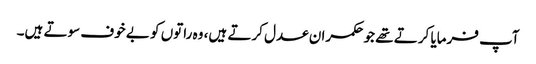
آپ فرمایا کرتے تھے جو حکمران عدل کرتے ہیں، وہ راتوں کو بے خوف سوتے ہیں۔